Leprosy in India: report of the Leprosy Commission in India, 1890-91
Year: 1890
Disease focus: Leprosy
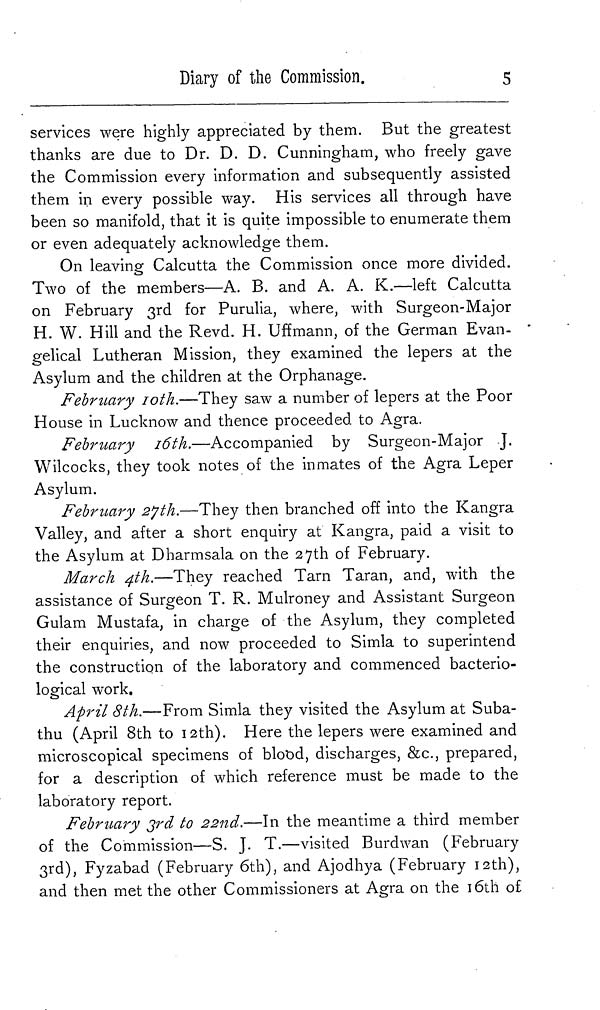
Diary of the Commission.
5
services were highly appreciated by them. But the greatest
thanks are due to Dr. D. D. Cunningham, who freely gave
the Commission every information and subsequently assisted
them in every possible way. His services all through have
been so manifold, that it is quite impossible to enumerate them
or even adequately acknowledge them.
On leaving Calcutta the Commission once more divided.
Two of the members—A. B. and A. A. K.—left Calcutta
on February 3rd for Purulia, where, with Surgeon-Major
H. W. Hill and the Revd. H. Uffmann, of the German Evan-
gelical Lutheran Mission, they examined the lepers at the
Asylum and the children at the Orphanage.
February 10th.—They saw a number of lepers at the Poor
House in Lucknow and thence proceeded to Agra.
February 16th.—Accompanied by Surgeon-Major J.
Wilcocks, they took notes of the inmates of the Agra Leper
Asylum.
February 27th.—They then branched off into the Kangra
Valley, and after a short enquiry at Kangra, paid a visit to
the Asylum at Dharmsala on the 27th of February.
March 4th.—They reached Tarn Taran, and, with the
assistance of Surgeon T. R. Mulroney and Assistant Surgeon
Gulam Mustafa, in charge of the Asylum, they completed
their enquiries, and now proceeded to Simla to superintend
the construction of the laboratory and commenced bacterio-
logical work.
April 8th.—From Simla they visited the Asylum at Suba-
thu (April 8th to 12th). Here the lepers were examined and
microscopical specimens of blood, discharges, &c, prepared,
for a description of which reference must be made to the
laboratory report.
Febrtiary 3rd to 22nd.—In the meantime a third member
of the Commission—S. J. T.—visited Burdwan (February
3rd), Fyzabad (February 6th), and Ajodhya (February 12th),
and then met the other Commissioners at Agra on the 16th of